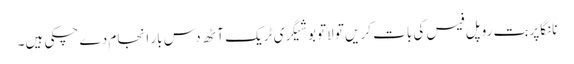
نانگاپربت روپل فیس کی بات کریں تو لاتوبو شیگری ٹریک آٹھ دس بار انجام دے چکی ہیں۔